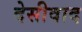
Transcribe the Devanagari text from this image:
देसीवाद